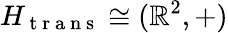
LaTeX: H_{\mathrm{~t~r~a~n~s~}}\cong(\mathbb{R}^{2},+)